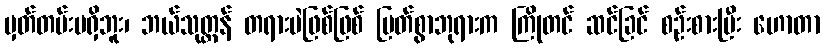
မှတ်တမ်းမရှိဘူး၊ ဘယ်သုတ္တန် တရားပဲဖြစ်ဖြစ် မြတ်စွာဘုရားက ကြိုတင် ဆင်ခြင် စဉ်းစားပြီး ဟောတာ